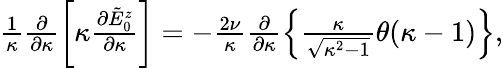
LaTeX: \begin{array}{r}{\frac{1}{\kappa}\frac{\partial}{\partial\kappa}\left[\kappa\frac{\partial\tilde{E}_{0}^{z}}{\partial\kappa}\right]=-\frac{2\nu}{\kappa}\frac{\partial}{\partial\kappa}\left\{ \frac{\kappa}{\sqrt{\kappa^{2}-1}}\theta(\kappa-1)\right\} ,}\end{array}